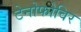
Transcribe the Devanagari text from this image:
टेनोफोविर